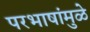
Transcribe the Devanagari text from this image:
परभाषांमुळे